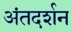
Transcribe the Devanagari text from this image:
अंतदर्शन